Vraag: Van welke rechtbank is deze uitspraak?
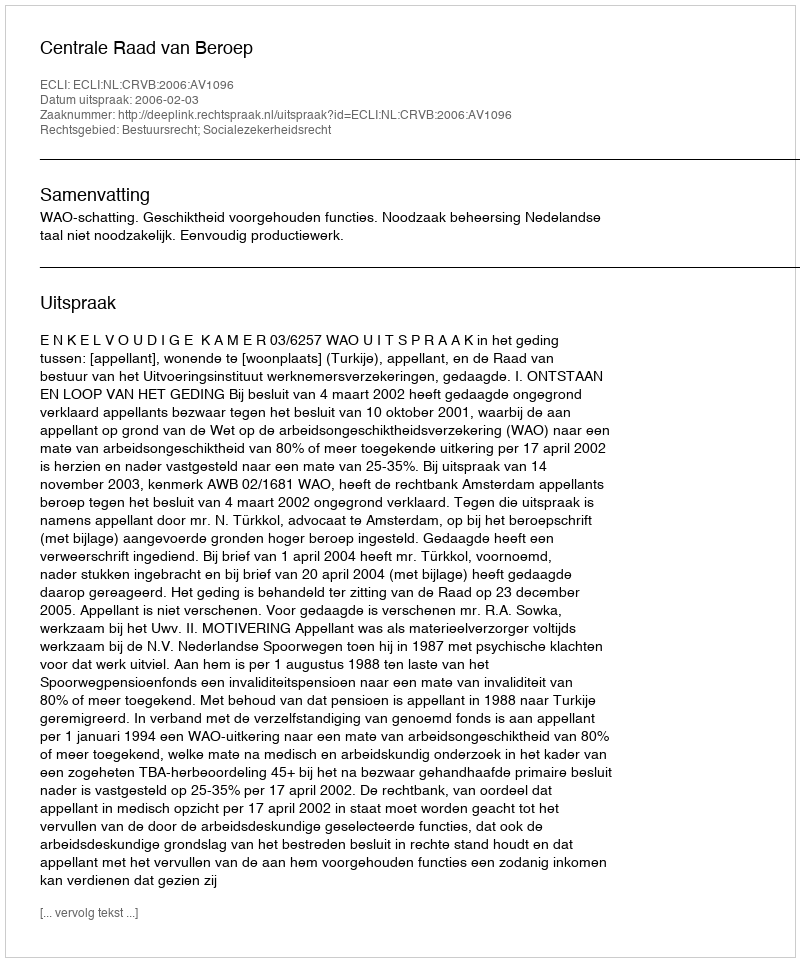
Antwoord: Centrale Raad van Beroep